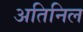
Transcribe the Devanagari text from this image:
अतिनिल